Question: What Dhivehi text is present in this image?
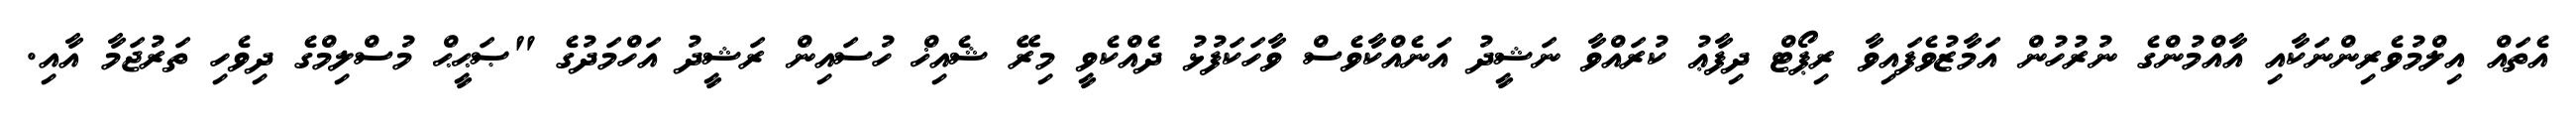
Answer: އެތައް އިލްމުވެރިންނަކާއި އާއްމުންގެ ނުރުހުން އަމާޒުވެފައިވާ ރިޕޯޓް ދިފާޢު ކުރައްވާ ނަޝީދު އަނެއްކާވެސް ވާހަކަފުޅު ދެއްކެވީ މިރޭ ޝެއިޚް ހުސައިން ރަޝީދު އަހްމަދުގެ "ޞަޙީޙް މުސްލިމްގެ ދިވެހި ތަރުޖަމާ އާއި.